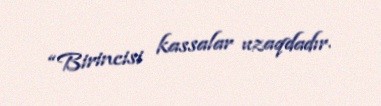
“Birincisi kassalar uzaqdadır.